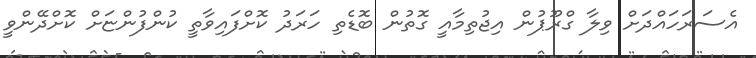
އެސަރަހައްދަށް ވިލާ ގްރޫޕުން އިޖުތިމާއީ ގޮތުން ބޮޑެތި ހަރަދު ކޮށްފައިވާތީ ކުންފުންޏަށް ކޮށްދޭންވީ